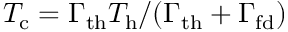
T _ { \mathrm { c } } = \Gamma _ { \mathrm { t h } } T _ { \mathrm { h } } / ( \Gamma _ { \mathrm { t h } } + \Gamma _ { \mathrm { f d } } )